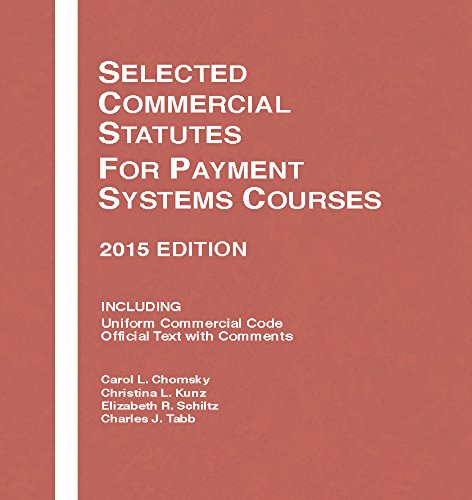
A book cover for Selected Commercial Statutes, For Payment Systems Courses: 2015 Edition (Selected Statutes); Carol Chomsky; Law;